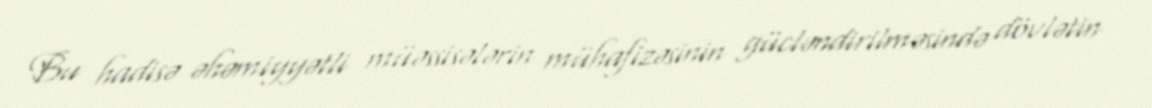
Bu hadisə əhəmiyyətli müəssisələrin mühafizəsinin gücləndirilməsində dövlətin